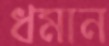
ধমান